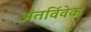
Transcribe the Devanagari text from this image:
अंतर्विवेक